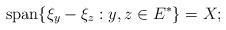
\begin{align*}\textrm{span}\{\xi_y-\xi_z : y, z \in E^{*}\}=X;\end{align*}